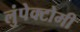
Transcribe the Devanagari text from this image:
लुंपेक्टोमी